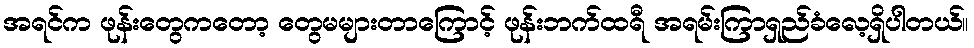
အရင်က ဖုန်းတွေကတော့ တွေမများတာကြောင့် ဖုန်းဘက်ထရီ အရမ်းကြာရှည်ခံလေ့ရှိပါတယ်။